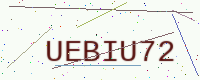
Text: UEBIU72